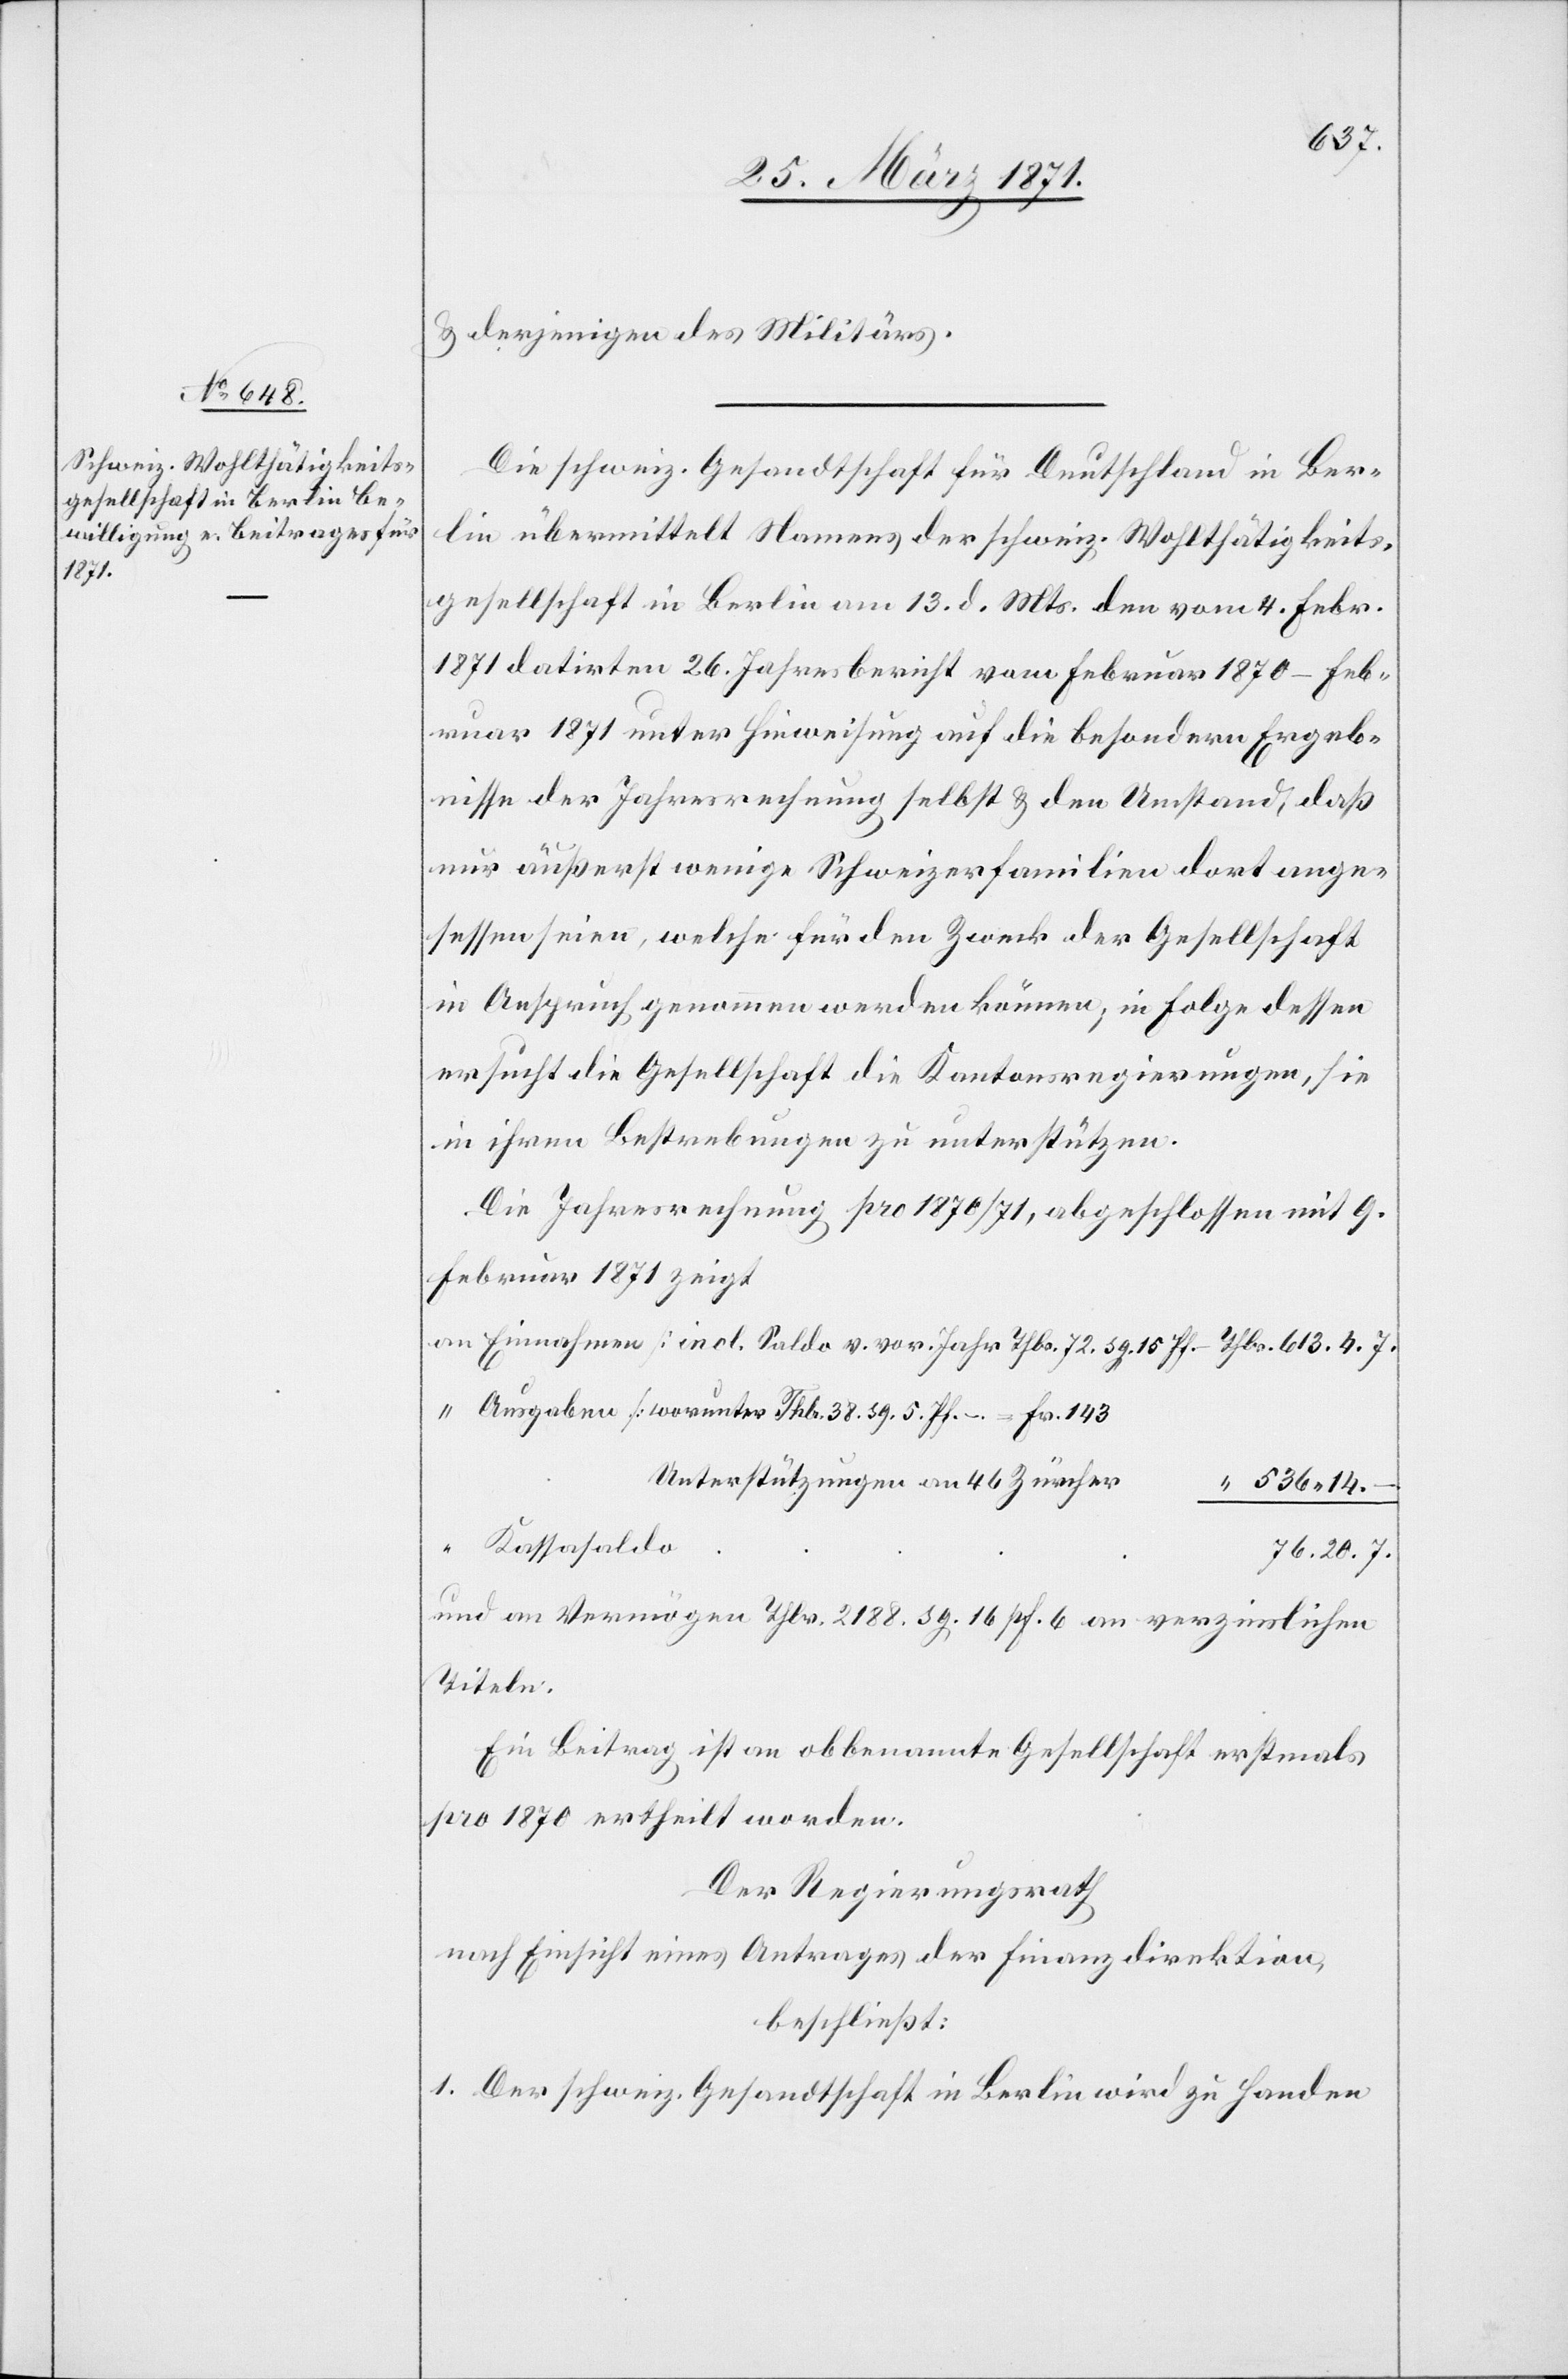
u. derjenigen des Militärs.
Die schweiz. Gesandtschaft für Deutschland in Ber¬
lin übermittelt Namens der schweiz. Wohltätigkeits¬
gesellschaft in Berlin am 13. d. Mts. den vom 4. Febr.
1871 datirten 26. Jahresbericht vom Februar 1870 – Feb¬
ruar 1871 unter Hinweisung auf die besondern Ergeb¬
nisse der Jahresrechnung selbst u. den Umstand, daß
nur äußerst wenige Schweizerfamilien dort ange¬
sessen seien, welche für den Zweck der Gesellschaft
in Anspruch genommen werden können, in Folge dessen
ersucht die Gesellschaft die Kantonsregierungen, sie
in ihren Bestrebungen zu unterstützen.
Die Jahresrechnung pro 1870/71, abgeschlossen mit 9.
Februar 1871 zeigt
an Einnahmen [incl. Saldo v. vor. Jahr Thlr. 72. [?sg.]15 Pf. – Thlr. 613.[?4].7.
“ Ausgaben [worunter Thlr. 38. [?sg.] 5 Pf.–. = Fr. 143
536.14.–
76.20.7.
und an Vermögen Thlr. 2188. [?sg.] 16 pf. 6 an verzinslichen
Titeln.
Ein Beitrag ist an obbenannte Gesellschaft erstmals
pro 1870 ertheilt worden.
Der Regierungsrath
nach Einsicht eines Antrages der Finanzdirektion,
beschließt:
1. Der schweiz. Gesandtschaft in Berlin wird zu Handen